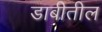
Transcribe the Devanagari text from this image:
डाबीतील